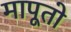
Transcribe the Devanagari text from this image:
मापूतो